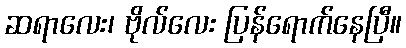
ဆရာလေး၊ ဗိုလ်လေး ပြန်ရောက်နေပြီ။